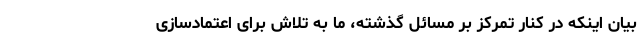
بیان اینکه در کنار تمرکز بر مسائل گذشته، ما به تلاش برای اعتمادسازی